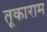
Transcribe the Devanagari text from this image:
तूकाराम